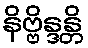
နိဗ္ဗိန္ဒန္တိ